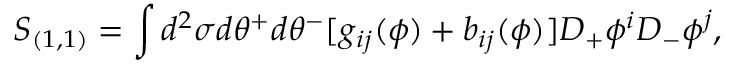
S _ { ( 1 , 1 ) } = \int d ^ { 2 } \sigma d \theta ^ { + } d \theta ^ { - } [ g _ { i j } ( \phi ) + b _ { i j } ( \phi ) ] D _ { + } \phi ^ { i } D _ { - } \phi ^ { j } ,